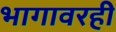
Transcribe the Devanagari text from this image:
भागावरही